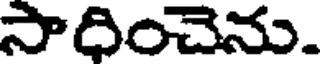
సాదించెను.